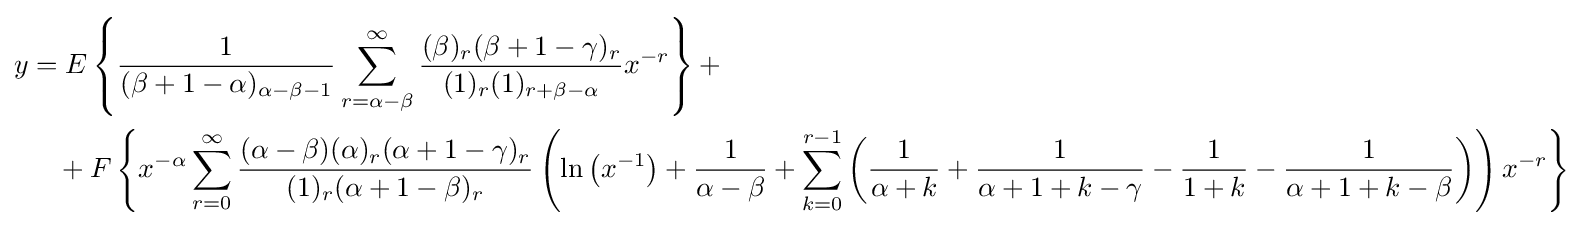
{\begin{aligned}y&=E\left\{{\frac {1}{(\beta +1-\alpha )_{\alpha -\beta -1}}}\sum _{r=\alpha -\beta }^{\infty }{\frac {(\beta )_{r}(\beta +1-\gamma )_{r}}{(1)_{r}(1)_{r+\beta -\alpha }}}x^{-r}\right\}+\\&\quad +F\left\{x^{-\alpha }\sum _{r=0}^{\infty }{\frac {(\alpha -\beta )(\alpha )_{r}(\alpha +1-\gamma )_{r}}{(1)_{r}(\alpha +1-\beta )_{r}}}\left(\ln \left(x^{-1}\right)+{\frac {1}{\alpha -\beta }}+\sum _{k=0}^{r-1}\left({\frac {1}{\alpha +k}}+{\frac {1}{\alpha +1+k-\gamma }}-{\frac {1}{1+k}}-{\frac {1}{\alpha +1+k-\beta }}\right)\right)x^{-r}\right\}\end{aligned}}